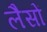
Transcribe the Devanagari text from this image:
लैसों